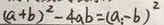
( a + b ) ^ { 2 } - 4 a b = ( a - b ) ^ { 2 }